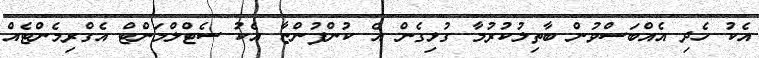
އެކު ހެދި އެއްބަސްވުން ބާތިލުކުރުމާ ގުޅިގެން އެ ކުންފުންޏާ އެކު ސެޓްލްމަންޓް އެގްރިމެންޓެއް